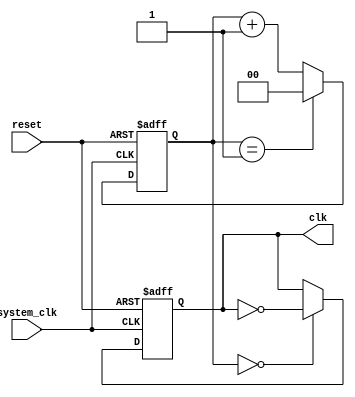
`timescale 1ns / 1ps
module clk_gen(
    input wire reset,
    input wire system_clk,
    output reg clk
);

parameter   CNT = 2'd2;

reg     [1:0]  count;

initial begin
    count <= 2'd0;
    clk <= 1'b0;
end

always @(posedge system_clk or posedge reset)
begin
    if(reset) begin
        clk <= 1'b0;
        count <= 2'd0;
    end
    else begin
        count <= (count==CNT-2'd1) ? 2'd0 : count + 2'd1;
        clk <= (count==2'd0) ? ~clk : clk;
    end
end

endmodule